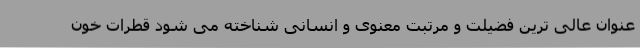
عنوان عالی ترین فضیلت و مرتبت معنوی و انسانی شناخته می شود قطرات خون